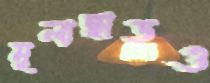
মূল্যছাড়ও